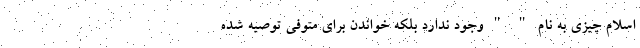
اسلام چیزی به نام " " وجود ندارد بلکه خواندن برای متوفی توصیه شده